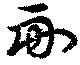
副